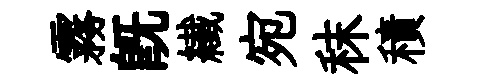
霧旣纎宛秣積